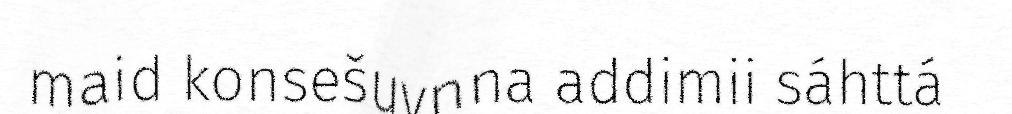
maid konsešuvnna addimii sáhttá